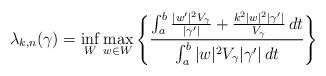
LaTeX: \begin{align*}\lambda_{k,n}(\gamma) = \inf_W \max_{w \in W} \Bigg\{ \frac{ \int_a^b \frac{|w'|^2 V_\gamma}{|\gamma '|} + \frac{k^2 |w|^2 | \gamma' |}{V_\gamma} \,dt}{ \int_a^b |w|^2 V_\gamma | \gamma' | \,dt} \Bigg\}\end{align*}